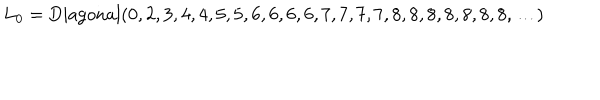
LaTeX: L _ { 0 } = \mathrm { D i a g o n a l } ( 0 , 2 , 3 , 4 , 4 , 5 , 5 , 6 , 6 , 6 , 6 , 7 , 7 , 7 , 7 , 8 , 8 , 8 , 8 , 8 , 8 , 8 , \ldots )